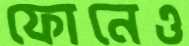
ফোনেও